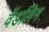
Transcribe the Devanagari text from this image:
वेंडलिन